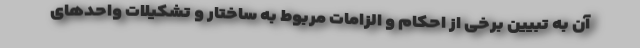
آن به تبیین برخی از احکام و الزامات مربوط به ساختار و تشکیلات واحدهای